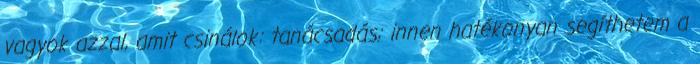
vagyok azzal, amit csinálok: tanácsadás; innen hatékonyan segíthetem a